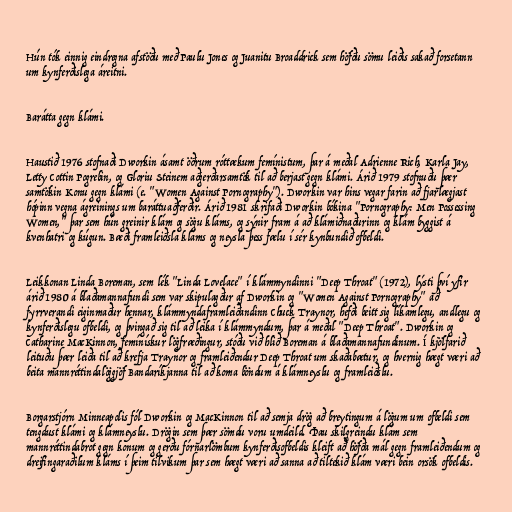
Hún tók einnig eindregna afstöðu með Paulu Jones og Juanitu Broaddrick sem höfðu sömu leiðis sakað forsetann
um kynferðislega áreitni.

Barátta gegn klámi.

Haustið 1976 stofnaði Dworkin ásamt öðrum róttækum femínistum, þar á meðal Adrienne Rich, Karla Jay,
Letty Cottin Pogrebin, og Gloriu Steinem aðgerðarsamtök til að berjast gegn klámi. Árið 1979 stofnuðu þær
samtökin Konu gegn klámi (e. "Women Against Pornography"). Dworkin var hins vegar farin að fjarlægjast
hópinn vegna ágreinings um baráttuaðferðir. Árið 1981 skrifaði Dworkin bókina "Pornography: Men Possessing
Women," þar sem hún greinir klám og sögu kláms, og sýnir fram á að klámiðnaðurinn og klám byggist á
kvenhatri og kúgun. Bæði framleiðsla kláms og neysla þess fælu í sér kynbundið ofbeldi.

Leikkonan Linda Boreman, sem lék "Linda Lovelace" í klámmyndinni "Deep Throat" (1972), lýsti því yfir
árið 1980 á blaðamannafundi sem var skipulagður af Dworkin og "Women Against Pornography" að
fyrrverandi eiginmaður hennar, klámmyndaframleiðandinn Chuck Traynor, hefði beitt sig líkamlegu, andlegu og
kynferðislegu ofbeldi, og þvingað sig til að leika í klámmyndum, þar á meðal "Deep Throat". Dworkin og
Catharine MacKinnon, femínískur lögfræðingur, stóðu við hlið Boreman á blaðamannafundinum. Í kjölfarið
leituðu þær leiða til að krefja Traynor og framleiðendur Deep Throat um skaðabætur, og hvernig hægt væri að
beita mannréttindalöggjöf Bandaríkjanna til að koma böndum á klámneyslu og framleiðslu.

Borgarstjórn Minneapolis fól Dworkin og MacKinnon til að semja drög að breytingum á lögum um ofbeldi sem
tengdust klámi og klámneyslu. Drögin sem þær sömdu voru umdeild. Þau skilgreindu klám sem
mannréttindabrot gegn konum og gerðu fórnarlömbum kynferðisofbeldis kleift að höfða mál gegn framleiðendum og
dreifingaraðilum kláms í þeim tilvikum þar sem hægt væri að sanna að tiltekið klám væri bein orsök ofbeldis.